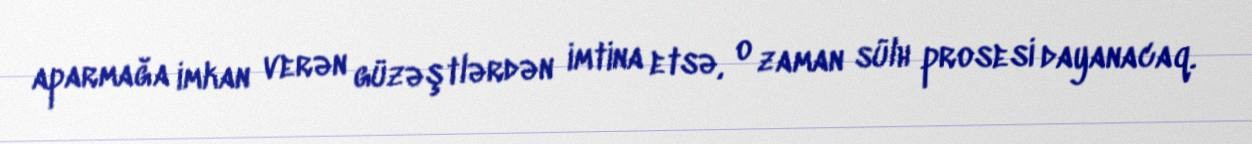
aparmağa imkan verən güzəştlərdən imtina etsə, o zaman sülh prosesi dayanacaq.